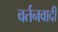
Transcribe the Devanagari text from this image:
वर्तनवादी